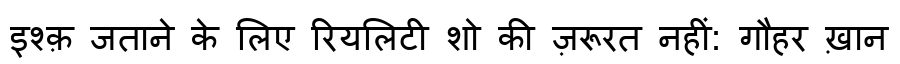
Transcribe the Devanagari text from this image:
इश्क़ जताने के लिए रियलिटी शो की ज़रूरत नहीं: गौहर ख़ान